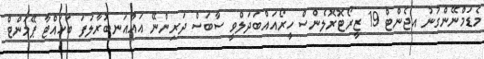
މެޑަމްނޭންގުނު އޖެންޓް 19 ޒީރޯޓޮރޮލެންސް ހީރޯއައްބަދަލްވީ ސާބަސް ދަރިންނޭ އައްއަނބުރާލަފަ ބަހައްޓާ ޕޭމަންޓް